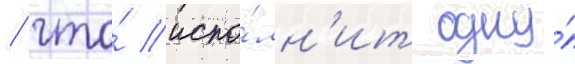
/ что́ испо́лн'ит одну́